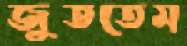
জুততেম